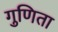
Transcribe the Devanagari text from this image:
गुणिता